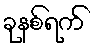
ခုနစ်ရက်